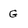
Character: G